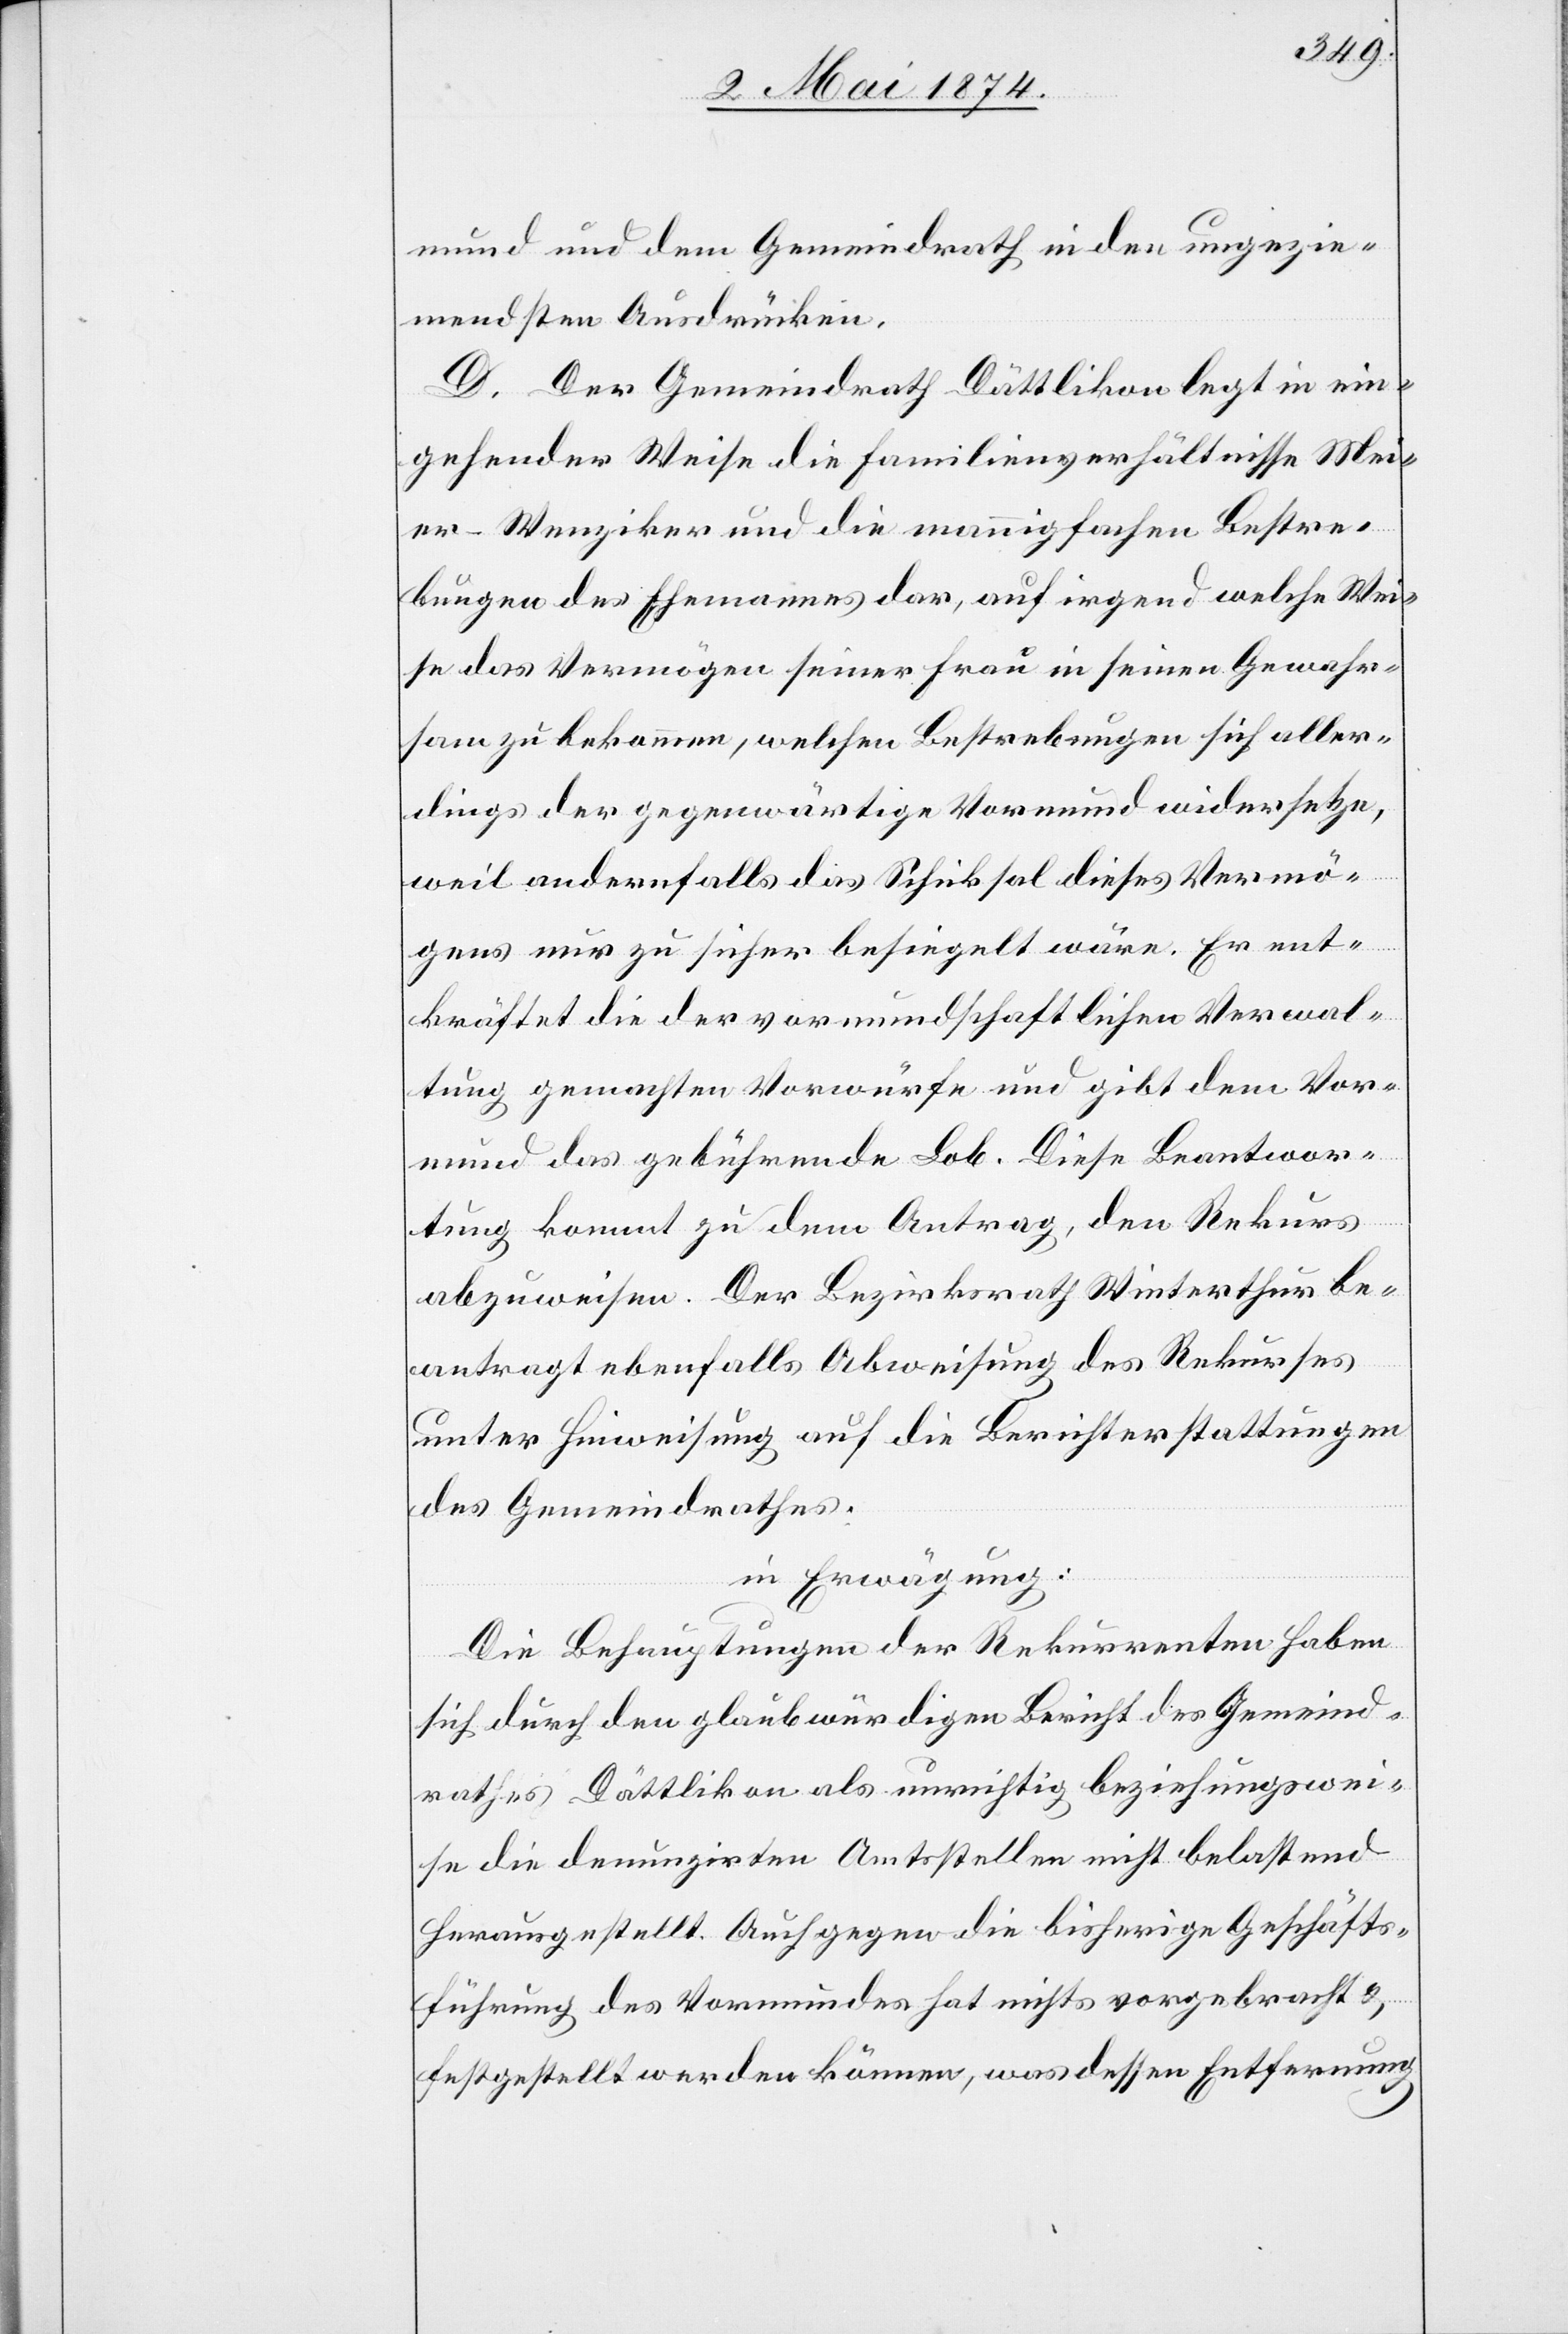
mund und dem Gemeindrath in den ungezie¬
mendsten Ausdrücken.
D. Der Gemeindrath Dättlikon legt in ein¬
gehender Weise die Familienverhältnisse Mei¬
er-Wenziker und die mannigfachen Bestre¬
bungen des Ehemannes dar, auf irgend welche Wei¬
se das Vermögen seiner Frau in seinen Gewahr¬
sam zu bekommen, welchen Bestrebungen sich aller¬
dings der gegenwärtige Vormund widersetze,
weil andernfalls das Schiksal dieses Vermö¬
gens nur zu sicher besiegelt wäre. Er ent¬
kräftet die der vormundschaftlichen Verwal¬
tung gemachten Vorwürfe und gibt dem Vor¬
mund das gebührende Lob. Diese Beantwor¬
tung kommt zu dem Antrag, den Rekurs
abzuweisen. Der Bezirksrath Winterthur be¬
antragt ebenfalls Abweisung des Rekurses
unter Hinweisung auf die Berichterstattungen
des Gemeindrathes.
in Erwägung:
Die Behauptungen der Rekurrenten haben
sich durch den glaubwürdigen Bericht des Gemeind¬
rathes Dättlikon als unrichtig beziehungswei¬
se die denunzirten Amtsstellen nicht belastend
herausgestellt. Auch gegen die bisherige Geschäfts¬
führung des Vormundes hat nichts vorgebracht u.
festgestellt werden können, was dessen Entfernung